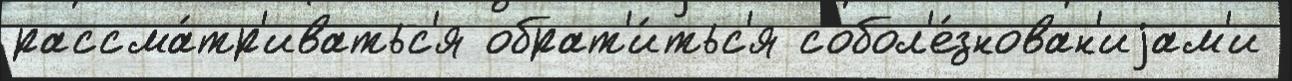
рассма́тр'иватьс'я обрат'и́тьс'я собол'е́знован'иjам'и